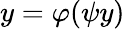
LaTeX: y=\varphi(\psi y)